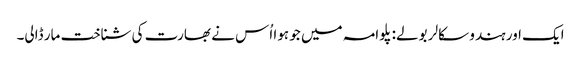
ایک اور ہندو سکالر بولے: پلوامہ میں جو ہوا اُس نے بھارت کی شناخت مار ڈالی۔